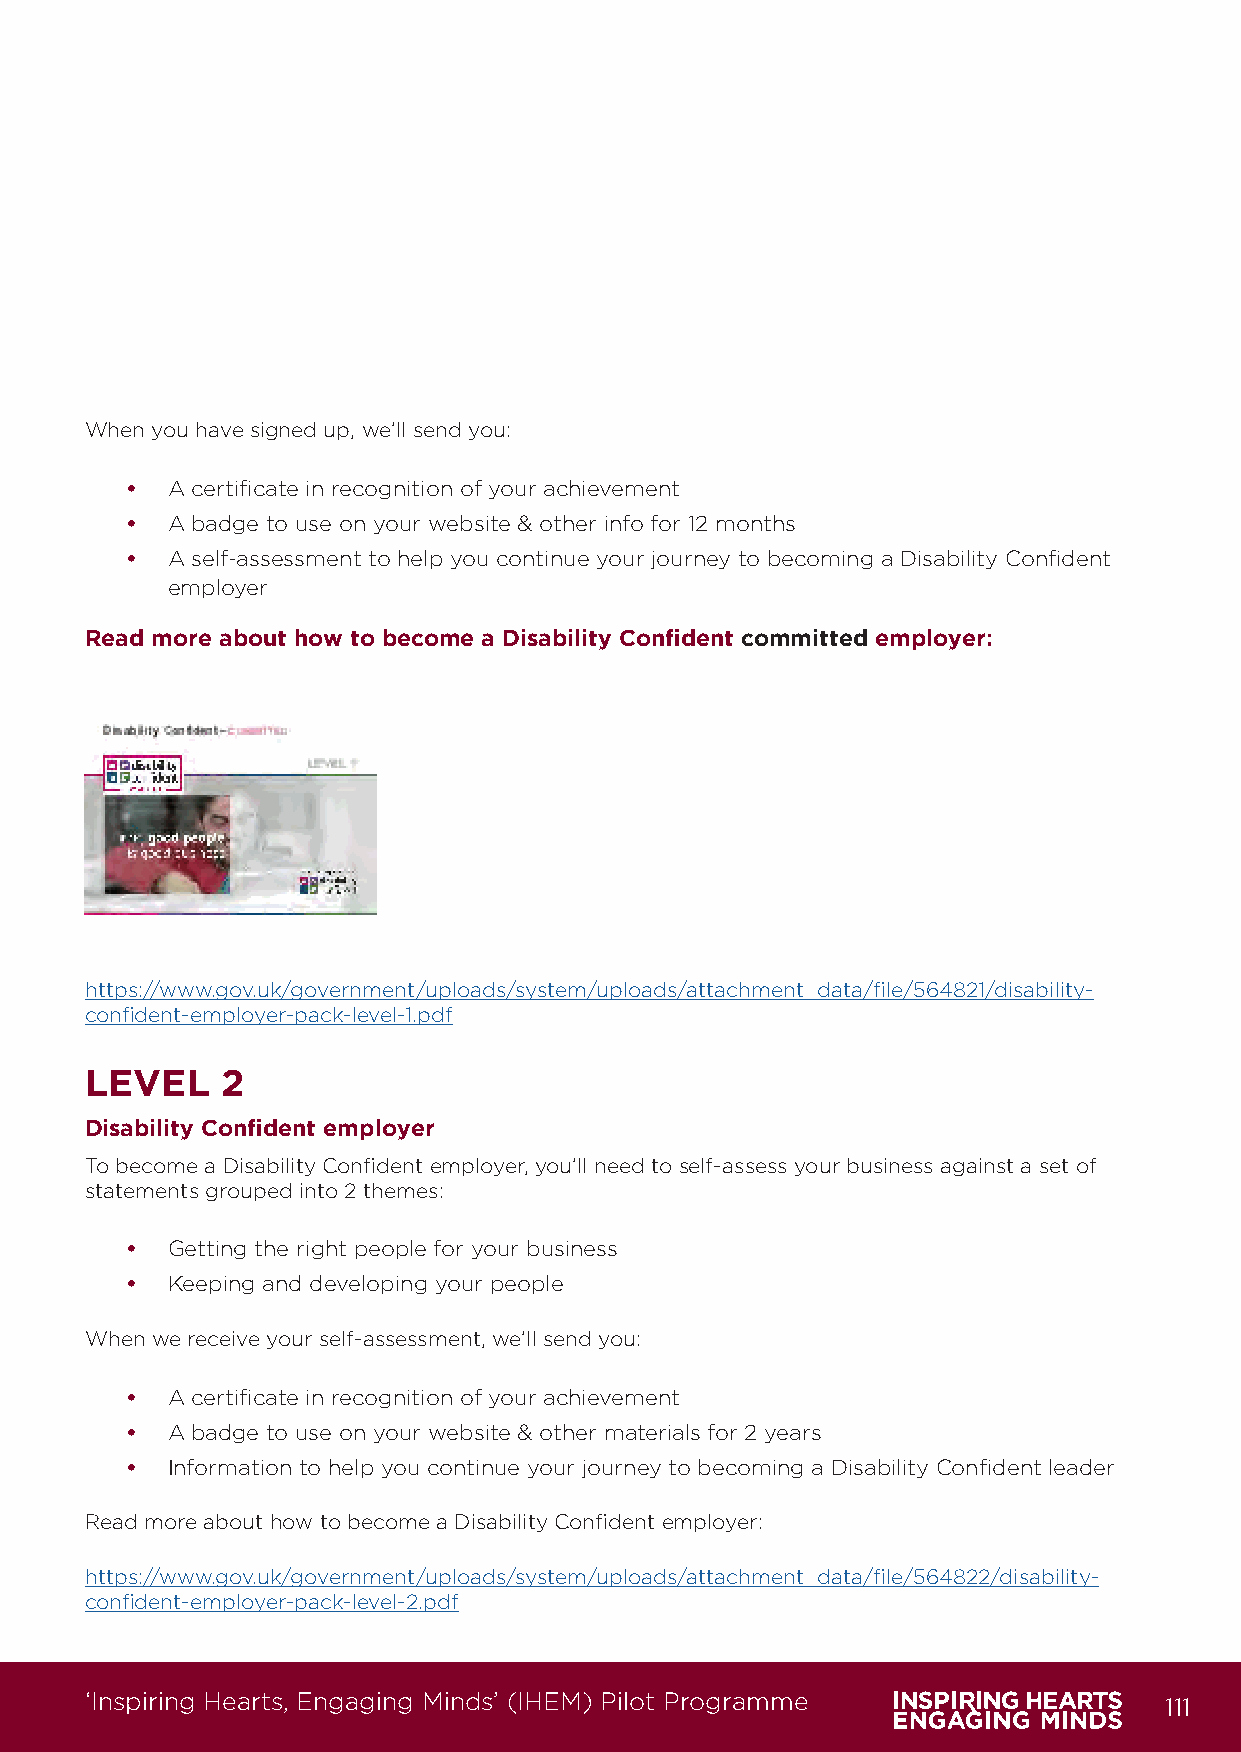
When you have signed up, we’ll send you:
 •  A certificate in recognition of your achievement
 •  A badge to use on your website & other info for 12 months
 •  A self-assessment to help you continue your journey to becoming a Disability Confident
 employer
 Read more about how to become a Disability Confident committed employer:
 https://www.gov.uk/government/uploads/system/uploads/attachment_data/file/564821/disability-
 confident-employer-pack-level-1.pdf
 LEVEL    2
 Disability Confident employer
 To become a Disability Confident employer, you’ll need to self-assess your business against a set of
 statements grouped into 2 themes:
 •  Getting the right people for your business
 •  Keeping and developing your people
 When we receive your self-assessment, we’ll send you:
 •  A certificate in recognition of your achievement
 •  A badge to use on your website & other materials for 2 years
 •  Information to help you continue your journey to becoming a Disability Confident leader
 Read more about how to become a Disability Confident employer:
 https://www.gov.uk/government/uploads/system/uploads/attachment_data/file/564822/disability-
 confident-employer-pack-level-2.pdf
 ‘Inspiring Hearts, Engaging Minds’ (IHEM) Pilot Programme              111
 IHEM-Evaluation-Summary-Report_Brand Compliant.indd 111                 29/09/2020 06:59:45